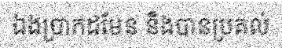
ឯងប្រាកដមែន និងបានប្រគល់